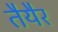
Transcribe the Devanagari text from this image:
तैयैर